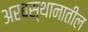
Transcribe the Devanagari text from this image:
अरबस्थानातील